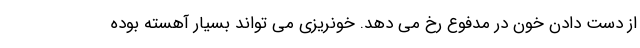
از دست دادن خون در مدفوع رخ می دهد. خونریزی می تواند بسیار آهسته بوده